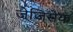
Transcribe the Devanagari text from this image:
जेजिसेक